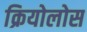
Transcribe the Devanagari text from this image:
क्रियोलोस